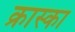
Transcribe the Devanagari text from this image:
क्रास्का